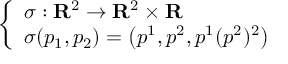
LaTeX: \left\{ \begin{array} { l l } { \sigma : \mathbf { R } ^ { 2 } \to \mathbf { R } ^ { 2 } \times \mathbf { R } } \\ { \sigma ( p _ { 1 } , p _ { 2 } ) = \left( p ^ { 1 } , p ^ { 2 } , p ^ { 1 } ( p ^ { 2 } ) ^ { 2 } \right) } \end{array} \right.